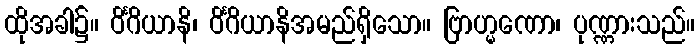
ထိုအခါ၌။ ဝိင်္ဂိယာနိ၊ ဝိင်္ဂိယာနိအမည်ရှိသော။ ဗြာဟ္မဏော၊ ပုဏ္ဏားသည်။